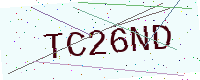
Text: TC26ND